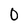
Character: O